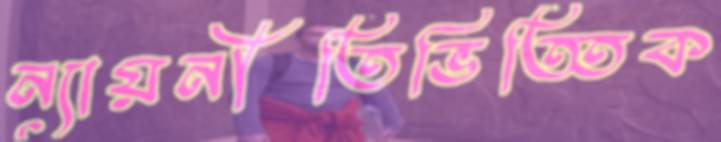
ন্যায়নীতিভিত্তিক